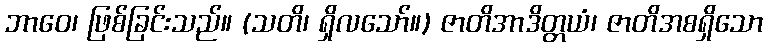
ဘာဝေ၊ ဖြစ်ခြင်းသည်။ (သတိ၊ ရှိလသော်။) ဇာတိအာဒိတ္တယံ၊ ဇာတိအစရှိသော